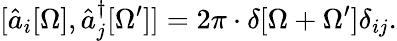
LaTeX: [\hat{a}_{i}[\Omega],\hat{a}_{j}^{\dagger}[\Omega^{\prime}]]=2\pi\cdot\delta[\Omega+\Omega^{\prime}]\delta_{ij}.